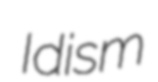
Idism